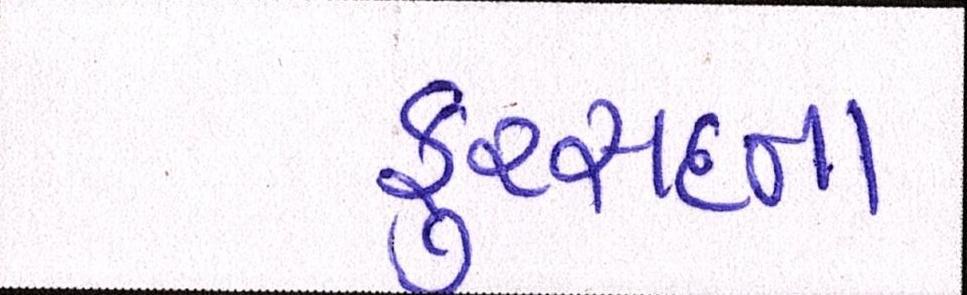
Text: ફુરસદના